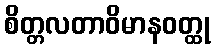
စိတ္တလတာဝိမာနဝတ္ထု